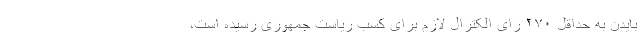
بایدن به حداقل ۲۷۰ رای الکترال لازم برای کسب ریاست جمهوری رسیده است،